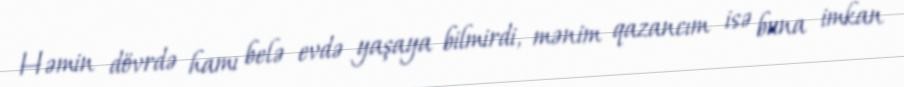
Həmin dövrdə hamı belə evdə yaşaya bilmirdi, mənim qazancım isə buna imkan